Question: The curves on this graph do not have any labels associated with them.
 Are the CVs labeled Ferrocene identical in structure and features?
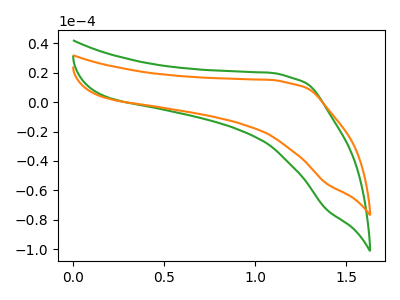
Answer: <think>The green curve "green" has no peaks. The orange curve "orange" has no peaks.
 Neither "green" or "orange" have any peaks.</think>
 <answer>All the CV's of "Ferrocene" have similar shape.</answer>
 <eval>follow_rule</eval>